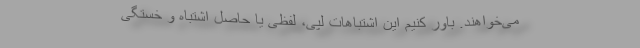
می‌خواهند. باور کنیم این اشتباهات لپی، لفظی یا حاصل اشتباه و خستگی